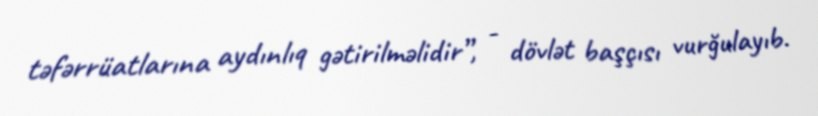
təfərrüatlarına aydınlıq gətirilməlidir”, - dövlət başçısı vurğulayıb.